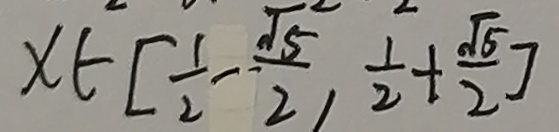
x \in [ \frac { 1 } { 2 } - \frac { \sqrt { 5 } } { 2 } , \frac { 1 } { 2 } + \frac { \sqrt { 5 } } { 2 } ]